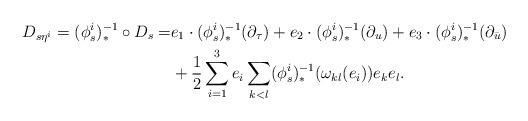
LaTeX: \begin{align*}D_{s\eta^i}=(\phi_s^i)^{-1}_*\circ D_s=&e_1\cdot(\phi_s^i)^{-1}_*(\partial_{\tau})+e_2\cdot(\phi_s^i)^{-1}_*(\partial_u)+e_3\cdot(\phi_s^i)^{-1}_*(\partial_{\bar{u}})\\&+\frac{1}{2}\sum_{i=1}^3e_i\sum_{k<l}(\phi_s^i)^{-1}_*(\omega_{kl}(e_i))e_ke_l.\end{align*}